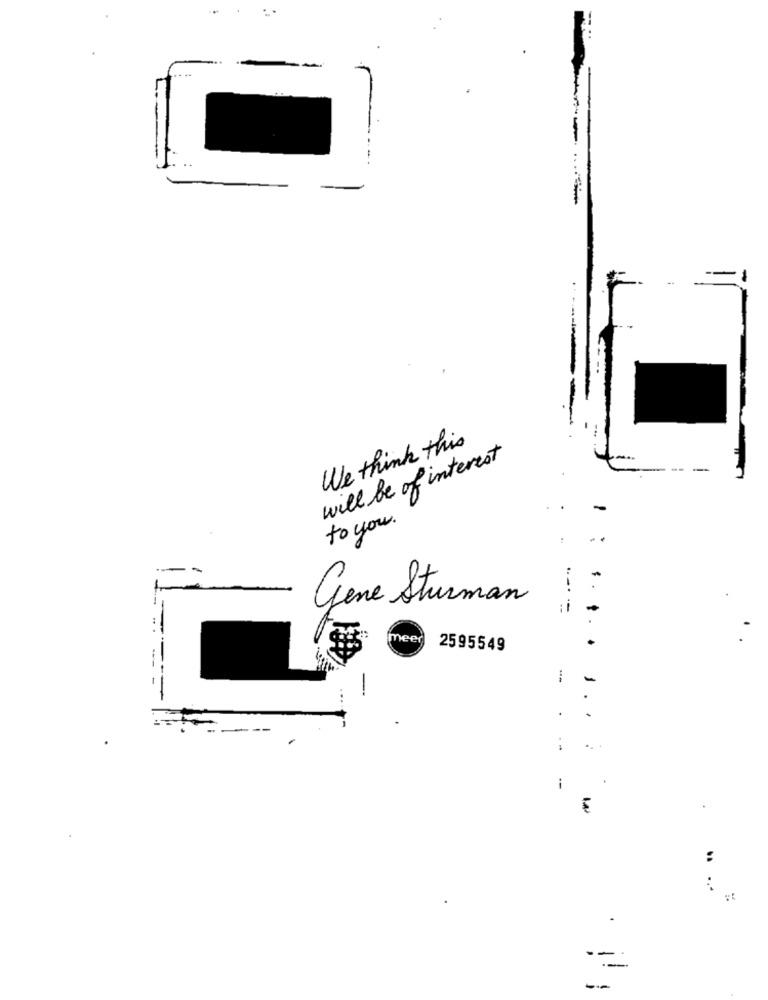
We think this
will be of interest
to you.
Gene Sturman
meer
2595549
...
.
:
i
:
--